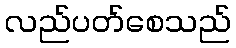
လည်ပတ်စေသည်